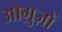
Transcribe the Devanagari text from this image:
ओग़ुज़ों